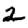
Digit: 2